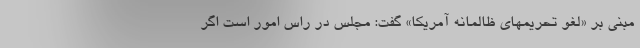
مبنی بر «لغو تحریمهای ظالمانه آمریکا» گفت: مجلس در راس امور است اگر